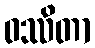
ဝဿိတာ